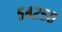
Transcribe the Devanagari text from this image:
५४२५०